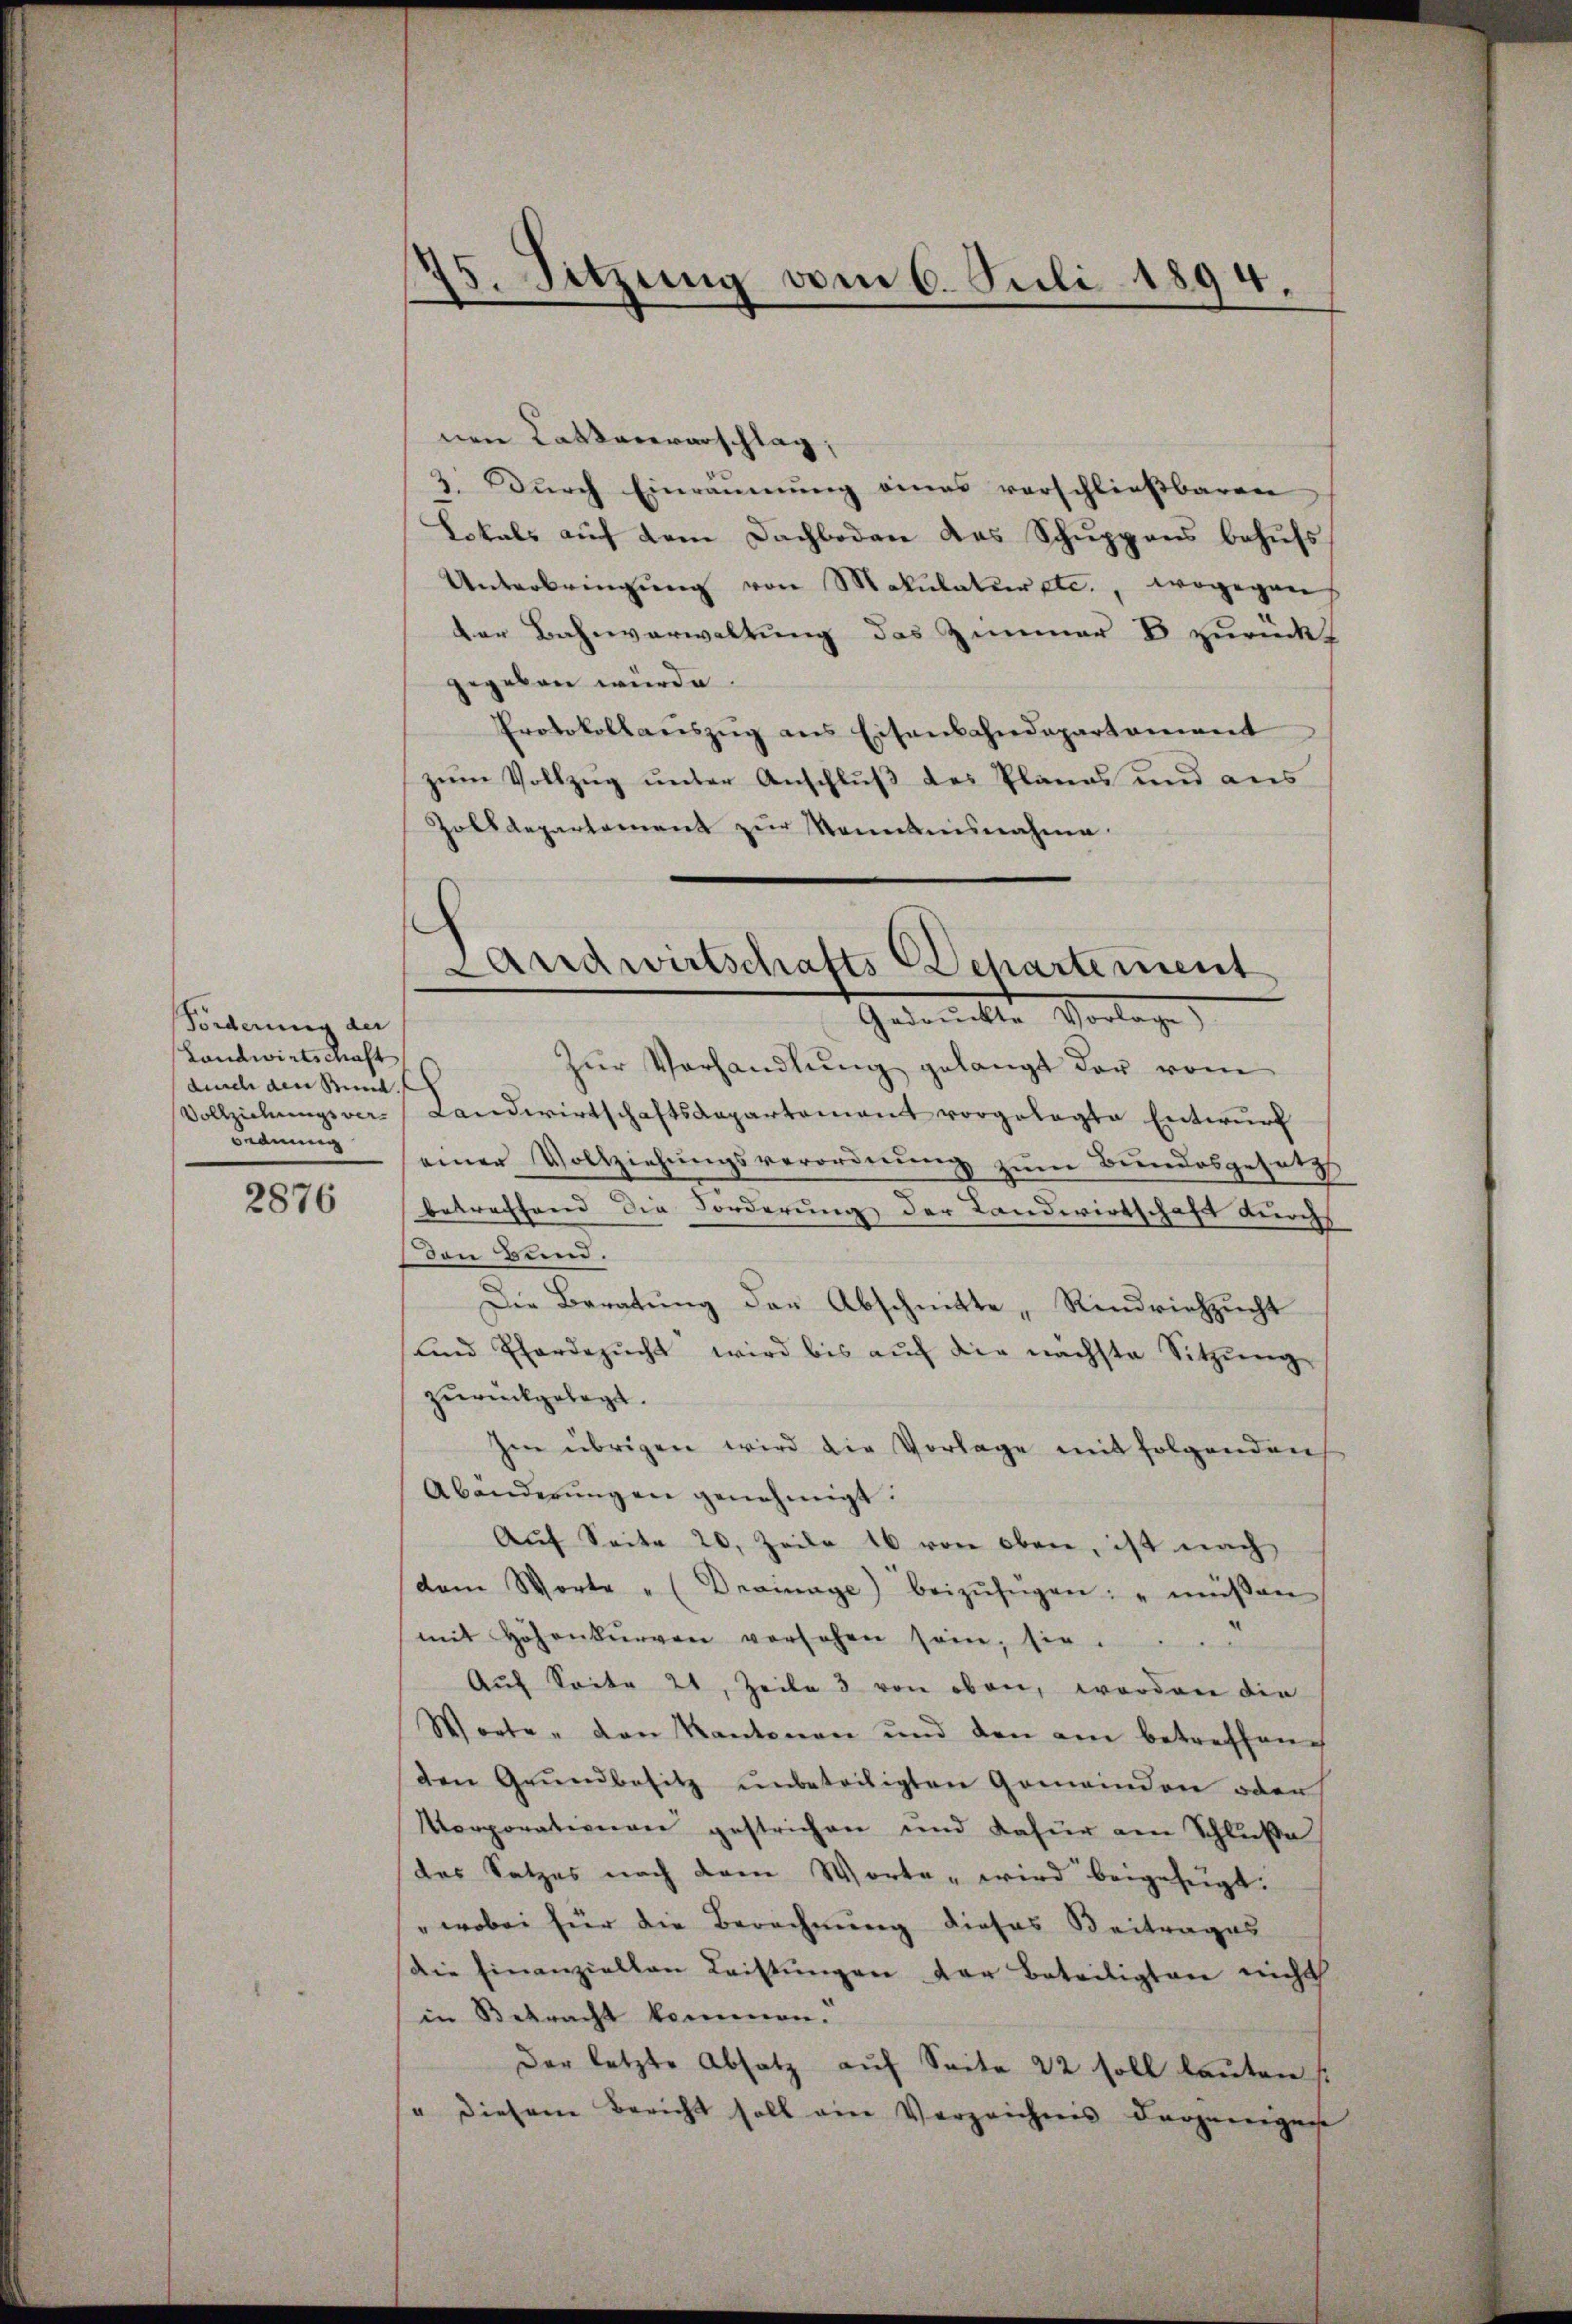
Forderung der
Landwirtschaft
durch den Bund.
Beduung

2876

nen Caskareverschlag,
3. Durch Einräumung eines verschließbaren
Lokals auf dem Dachboden des Schuppens behufs
Unterbringŭng von Makulatur etc., wogegen
Der Bahnverwaltung das Zimmer E zurückt
gegeben würde
Protokollauszug aus Eisenbahndepartement
zum Vollzug unter Anschluß des Planes und aus
Zolldepartement zur Kenntnisnahme.

75. Sitzung vom 6. Juli 1894.

Landwirtschafts Departement
Gewerckter Vorlage,

Zŭr Verhandlŭng gelangt der vom
Vollziehungsver- Landwirtschaftsdepartement vorgelegte Entwurf
einer Vollziehungsverordnung zum Bundesgesetz
betreffend die Forderung der Landwirtschaft durch
den Bund.
Die Beratung der Abschnitte „Rindviehzucht
und Pferdezŭcht wird bis aŭf die nächste Sitzŭng
zurückgelegt.
Im übrigen wird die Vorlage mit folgenden
Abänderŭngen genehmigt.
Auf Seite 20. Zeile 16 von oben, ist nach
dem Worte " (Drainage) beizŭfügen: "müssen
mit höhenbŭrren versehen sein, sie
Auf Seite 21, Zeile 3 von oben, worden die
Worte " den Kantonen und den am betreffen
den Grŭndbesitz ŭnbeteiligten Gemeinden oder
Korporationen gestrichen und dafür am Schluße
des Satzes nach dem Worte, wird beigefügt.
" wobei für die Berechnung dieses Beitrages
die Einanziellen Leistŭngen der Beteiligten nicht
in Betracht kommen.
Der letzte Absatz auf Seite 22 soll lauten /:
" diesem Bericht soll ein Verzeichnis derjenigene